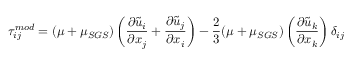
\tau _ { i j } ^ { m o d } = ( \mu + \mu _ { S G S } ) \left( \frac { \partial \tilde { u } _ { i } } { \partial x _ { j } } + \frac { \partial \tilde { u } _ { j } } { \partial x _ { i } } \right) - \frac { 2 } { 3 } ( \mu + \mu _ { S G S } ) \left( \frac { \partial \tilde { u } _ { k } } { \partial x _ { k } } \right) \delta _ { i j }